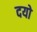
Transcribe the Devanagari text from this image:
दयो